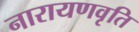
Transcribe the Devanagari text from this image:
नारायणवृति